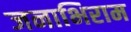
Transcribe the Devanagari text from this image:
जनाभिराम